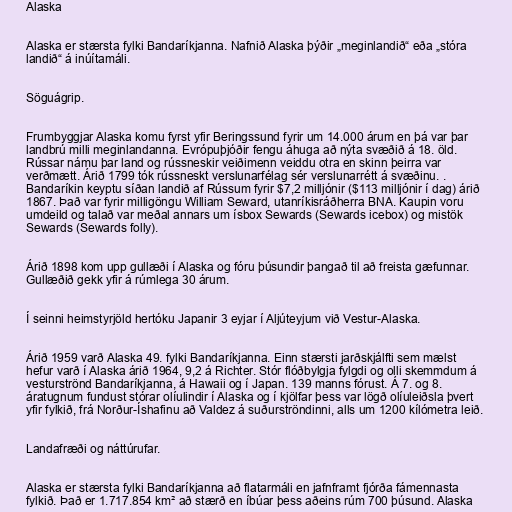
Alaska

Alaska er stærsta fylki Bandaríkjanna. Nafnið Alaska þýðir „meginlandið“ eða „stóra
landið“ á inúítamáli.

Söguágrip.

Frumbyggjar Alaska komu fyrst yfir Beringssund fyrir um 14.000 árum en þá var þar
landbrú milli meginlandanna. Evrópuþjóðir fengu áhuga að nýta svæðið á 18. öld.
Rússar námu þar land og rússneskir veiðimenn veiddu otra en skinn þeirra var
verðmætt. Árið 1799 tók rússneskt verslunarfélag sér verslunarrétt á svæðinu. .
Bandaríkin keyptu síðan landið af Rússum fyrir $7,2 milljónir ($113 milljónir í dag) árið
1867. Það var fyrir milligöngu William Seward, utanríkisráðherra BNA. Kaupin voru
umdeild og talað var meðal annars um ísbox Sewards (Sewards icebox) og mistök
Sewards (Sewards folly).

Árið 1898 kom upp gullæði í Alaska og fóru þúsundir þangað til að freista gæfunnar.
Gullæðið gekk yfir á rúmlega 30 árum.

Í seinni heimstyrjöld hertóku Japanir 3 eyjar í Aljúteyjum við Vestur-Alaska.

Árið 1959 varð Alaska 49. fylki Bandaríkjanna. Einn stærsti jarðskjálfti sem mælst
hefur varð í Alaska árið 1964, 9,2 á Richter. Stór flóðbylgja fylgdi og olli skemmdum á
vesturströnd Bandaríkjanna, á Hawaii og í Japan. 139 manns fórust. Á 7. og 8.
áratugnum fundust stórar olíulindir í Alaska og í kjölfar þess var lögð olíuleiðsla þvert
yfir fylkið, frá Norður-Íshafinu að Valdez á suðurströndinni, alls um 1200 kílómetra leið.

Landafræði og náttúrufar.

Alaska er stærsta fylki Bandaríkjanna að flatarmáli en jafnframt fjórða fámennasta
fylkið. Það er 1.717.854 km² að stærð en íbúar þess aðeins rúm 700 þúsund. Alaska